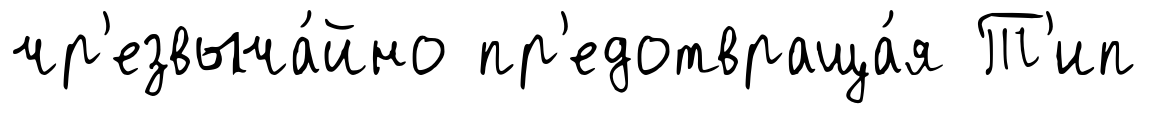
чр'езвыча́йно пр'едотвраща́я Т'ип